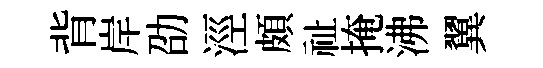
背岸劭涇頗祉掩沸翼